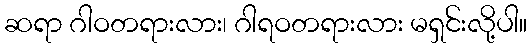
ဆရာ ဂါဝတရားလား၊ ဂါရဝတရားလား မရှင်းလို့ပါ။